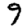
Digit: 9